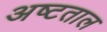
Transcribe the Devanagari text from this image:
अष्टताल